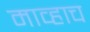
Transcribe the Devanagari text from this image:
माव्हाच